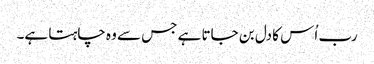
رب اُس کا دل بن جاتا ہے جس سے وہ چاہتا ہے۔